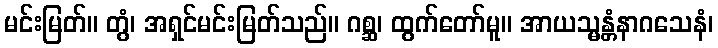
မင်းမြတ်။ တွံ၊ အရှင်မင်းမြတ်သည်။ ဂစ္ဆ၊ ထွက်တော်မူ။ အာယသ္မန္တံနာဂသေနံ၊